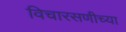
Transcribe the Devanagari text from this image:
विचारसणीच्या